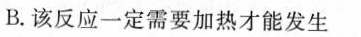
B.该反应一定需要加热才能发生